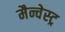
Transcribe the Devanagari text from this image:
मैन्चेस्ट्र